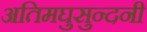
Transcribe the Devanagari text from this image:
अतिमघुसुन्दनी